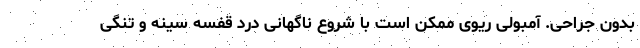
بدون جراحی. آمبولی ریوی ممکن است با شروع ناگهانی درد قفسه سینه و تنگی